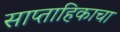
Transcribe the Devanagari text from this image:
साप्‍ताहिकाचा